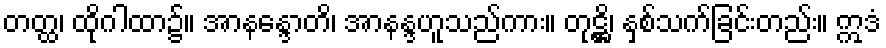
တတ္ထ၊ ထိုဂါထာ၌။ အာနန္ဒောတိ၊ အာနန္ဒဟူသည်ကား။ တုဋ္ဌိ၊ နှစ်သက်ခြင်းတည်း။ ဣဒံ